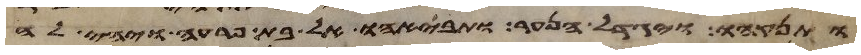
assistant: ותינקהו ויגדל הנער ותבאהו אל בת פרעה ויהי לה